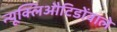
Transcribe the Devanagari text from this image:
न्यूक्लिऔटिडोंवाले